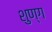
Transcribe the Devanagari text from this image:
शुण्ग